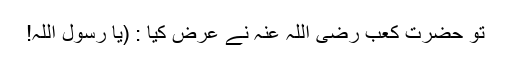
تو حضرت کعب رضی اللہ عنہ نے عرض کیا : (یا رسول اللہ!